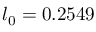
l _ { 0 } = 0 . 2 5 4 9